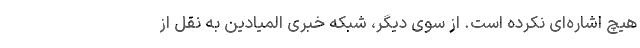
هیچ اشاره‌ای نکرده است. از سوی دیگر، شبکه خبری المیادین به نقل از